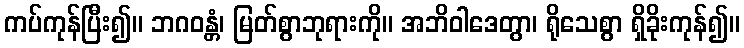
ကပ်ကုန်ပြီး၍။ ဘဂဝန္တံ၊ မြတ်စွာဘုရားကို။ အဘိဝါဒေတွာ၊ ရိုသေစွာ ရှိခိုးကုန်၍။